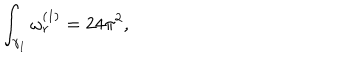
\int _ { \gamma _ { 1 } } \omega _ { r } ^ { ( 1 ) } = 2 4 \pi ^ { 2 } ,